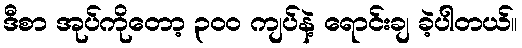
ဒီစာ အုပ်ကိုတော့ ၃၀၀ ကျပ်နဲ့ ရောင်းချ ခဲ့ပါတယ်။